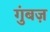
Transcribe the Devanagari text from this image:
गुंबज़